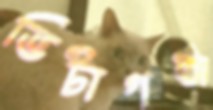
ভিটাগঞ্জ